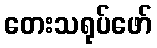
တေးသရုပ်ဖော်